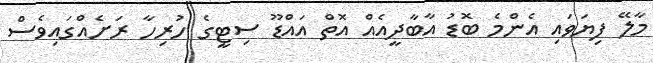
މާލޭ ފިޔަވައި އެންމެ ބޮޑު އާބާދީއެއް އޮތް އައްޑޫ ސިޓީގެ ހުރިހާ ރަށެއްގައިވެސް